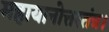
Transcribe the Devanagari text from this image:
महायानोत्तरतंत्र।